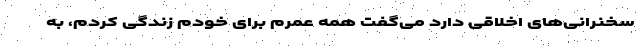
سخنرانی‌های اخلاقی دارد می‌گفت همه عمرم برای خودم زندگی کردم، به